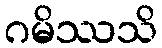
ဂမိဿသိ